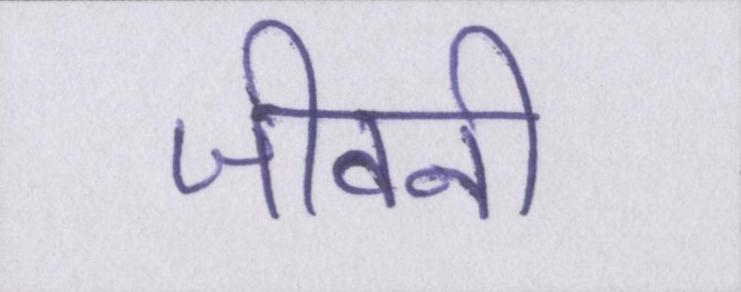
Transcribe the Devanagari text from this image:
जीवनी